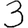
Digit: 3